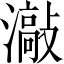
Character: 𱩯